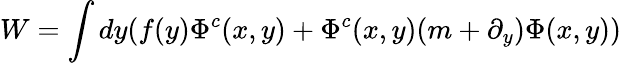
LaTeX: W=\int dy(f(y)\Phi^{c}(x,y)+\Phi^{c}(x,y)(m+\partial_{y})\Phi(x,y))